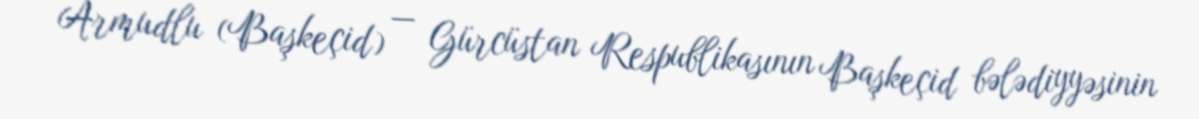
Armudlu (Başkeçid) — Gürcüstan Respublikasının Başkeçid bələdiyyəsinin